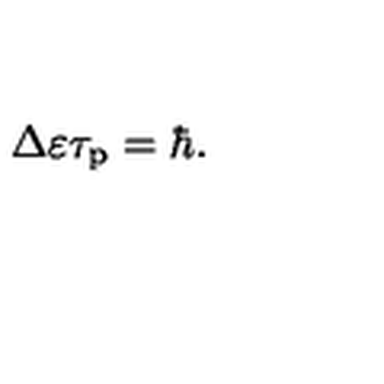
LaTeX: \Delta \varepsilon \tau _ { \mathrm { p } } = \hbar .